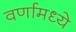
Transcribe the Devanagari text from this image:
वर्णामध्ये